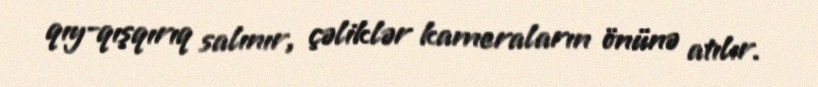
qıy-qışqırıq salınır, çəliklər kameraların önünə atılır.